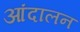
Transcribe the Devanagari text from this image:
आंदालन